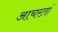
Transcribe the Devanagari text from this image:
आचरतां